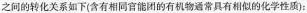
之间的转化关系如下(含有相同官能团的有机物通常具有相似的化学性质)：